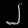
Digit: ၂